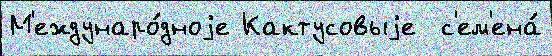
М'еждунаро́дноjе Кактусовыjе  с'ем'ена́